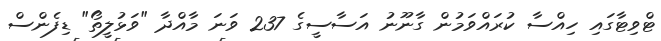
ޓްވިޓާގައި ހިއްސާ ކުރައްވަމުން ގާނޫނު އަސާސީގެ 237 ވަނަ މާއްދާ "ވަޅުލީތޯ" ޑިފެންސް